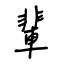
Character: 輩